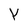
Character: Y